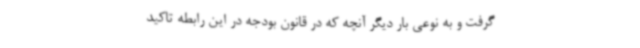
گرفت و به نوعی بار دیگر آنچه که در قانون بودجه در این رابطه تاکید